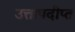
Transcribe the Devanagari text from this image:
उत्तापदीप्त